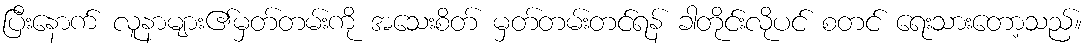
ပြီးနောက် လူနာများ၏မှတ်တမ်းကို အသေးစိတ် မှတ်တမ်းတင်ရန် ခါတိုင်းလိုပင် စတင် ရေးသားတော့သည်။